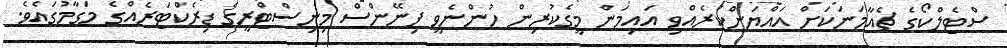
ސްޓެލްކޯގެ ޗެއާމަނަކަށް އައްޔަންކުރެއްވި އައިމަން މީގެކުރިން ހުންނެވީ ފިނޭންސް މިނިސްޓްރީގެ ޑިރެކްޓަރެއްގެ މަގާމުގަައެވެ.